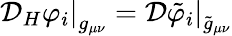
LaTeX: \left.{\cal D}_{H}\varphi_{i}\right|_{g_{\mu\nu}}=\left.{\cal D}\tilde{\varphi}_{i}\right|_{\tilde{g}_{\mu\nu}}